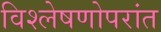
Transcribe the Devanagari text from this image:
विश्लेषणोपरांत